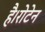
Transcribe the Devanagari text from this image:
है।रोटेन